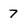
Character: 7